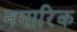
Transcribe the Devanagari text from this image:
नगारिक